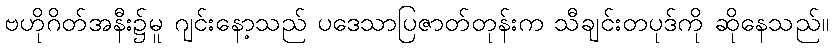
ဗဟိုဂိတ်အနီး၌မူ ဂျင်းနော့သည် ပဒေသာပြဇာတ်တုန်းက သီချင်းတပုဒ်ကို ဆိုနေသည်။